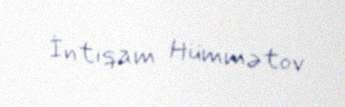
İntiqam Hümmətov